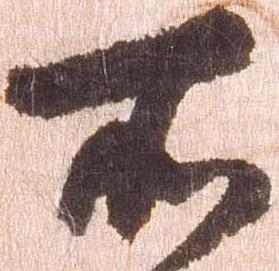
所